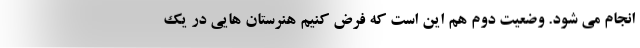
انجام می شود. وضعیت دوم هم این است که فرض کنیم هنرستان هایی در یک